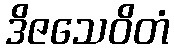
ဒိဇသေဝိတံ